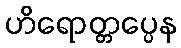
ဟိရောတ္တပ္ပေန